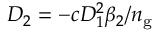
D _ { 2 } = - c D _ { 1 } ^ { 2 } \beta _ { 2 } / n _ { \mathrm { g } }